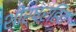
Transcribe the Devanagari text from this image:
शीर्षरहित